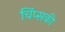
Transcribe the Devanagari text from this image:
चिंप्सकी